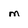
Character: m